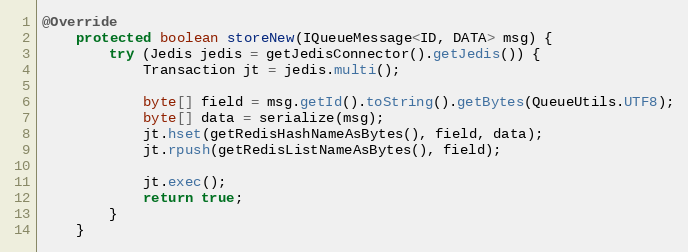
Language: Java
@Override
    protected boolean storeNew(IQueueMessage<ID, DATA> msg) {
        try (Jedis jedis = getJedisConnector().getJedis()) {
            Transaction jt = jedis.multi();

            byte[] field = msg.getId().toString().getBytes(QueueUtils.UTF8);
            byte[] data = serialize(msg);
            jt.hset(getRedisHashNameAsBytes(), field, data);
            jt.rpush(getRedisListNameAsBytes(), field);

            jt.exec();
            return true;
        }
    }